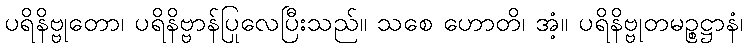
ပရိနိဗ္ဗုတော၊ ပရိနိဗ္ဗာန်ပြုလေပြီးသည်။ သစေ ဟောတိ၊ အံ့။ ပရိနိဗ္ဗုတမဉ္စဋ္ဌာနံ၊